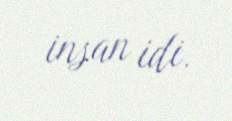
insan idi.